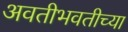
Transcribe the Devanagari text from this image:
अवतीभवतीच्या